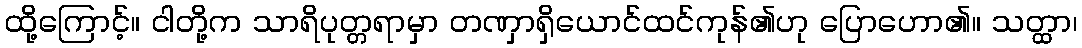
ထို့ကြောင့်။ ငါတို့က သာရိပုတ္တရာမှာ တဏှာရှိယောင်ထင်ကုန်၏ဟု ပြောဟော၏။ သတ္ထာ၊